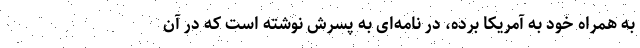
به همراه خود به آمریکا برده، در نامه‌ای به پسرش نوشته است که در آن